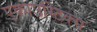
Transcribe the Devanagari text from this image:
एकाउस्टिक्स